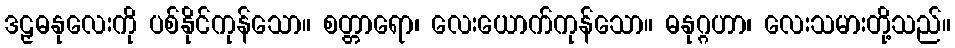
ဒဠှဓနုလေးကို ပစ်နိုင်ကုန်သော။ စတ္တာရော၊ လေးယောက်ကုန်သော။ ဓနုဂ္ဂဟာ၊ လေးသမားတို့သည်။